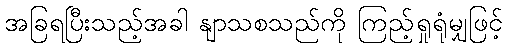
အခြရပြီးသည့်အခါ နျာသစသည်ကို ကြည့်ရှုရုံမျှဖြင့်